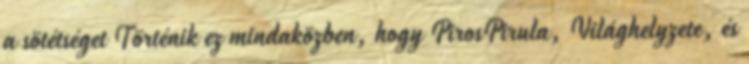
a sötétséget Történik ez mindaközben, hogy PirosPirula, Világhelyzete, és